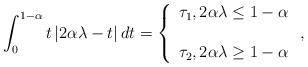
LaTeX: \begin{align*}\int_{0}^{1-\alpha }t\left\vert 2\alpha \lambda -t\right\vert dt=\left\{ \begin{array}{c}\tau _{1},2\alpha \lambda \leq 1-\alpha \\ \\ \tau _{2},2\alpha \lambda \geq 1-\alpha\end{array}\right. , \end{align*}